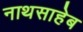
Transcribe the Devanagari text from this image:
नाथसाहेब